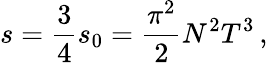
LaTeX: s=\frac 34s_{0}=\frac{\pi^{2}}2N^{2}T^{3}\, ,